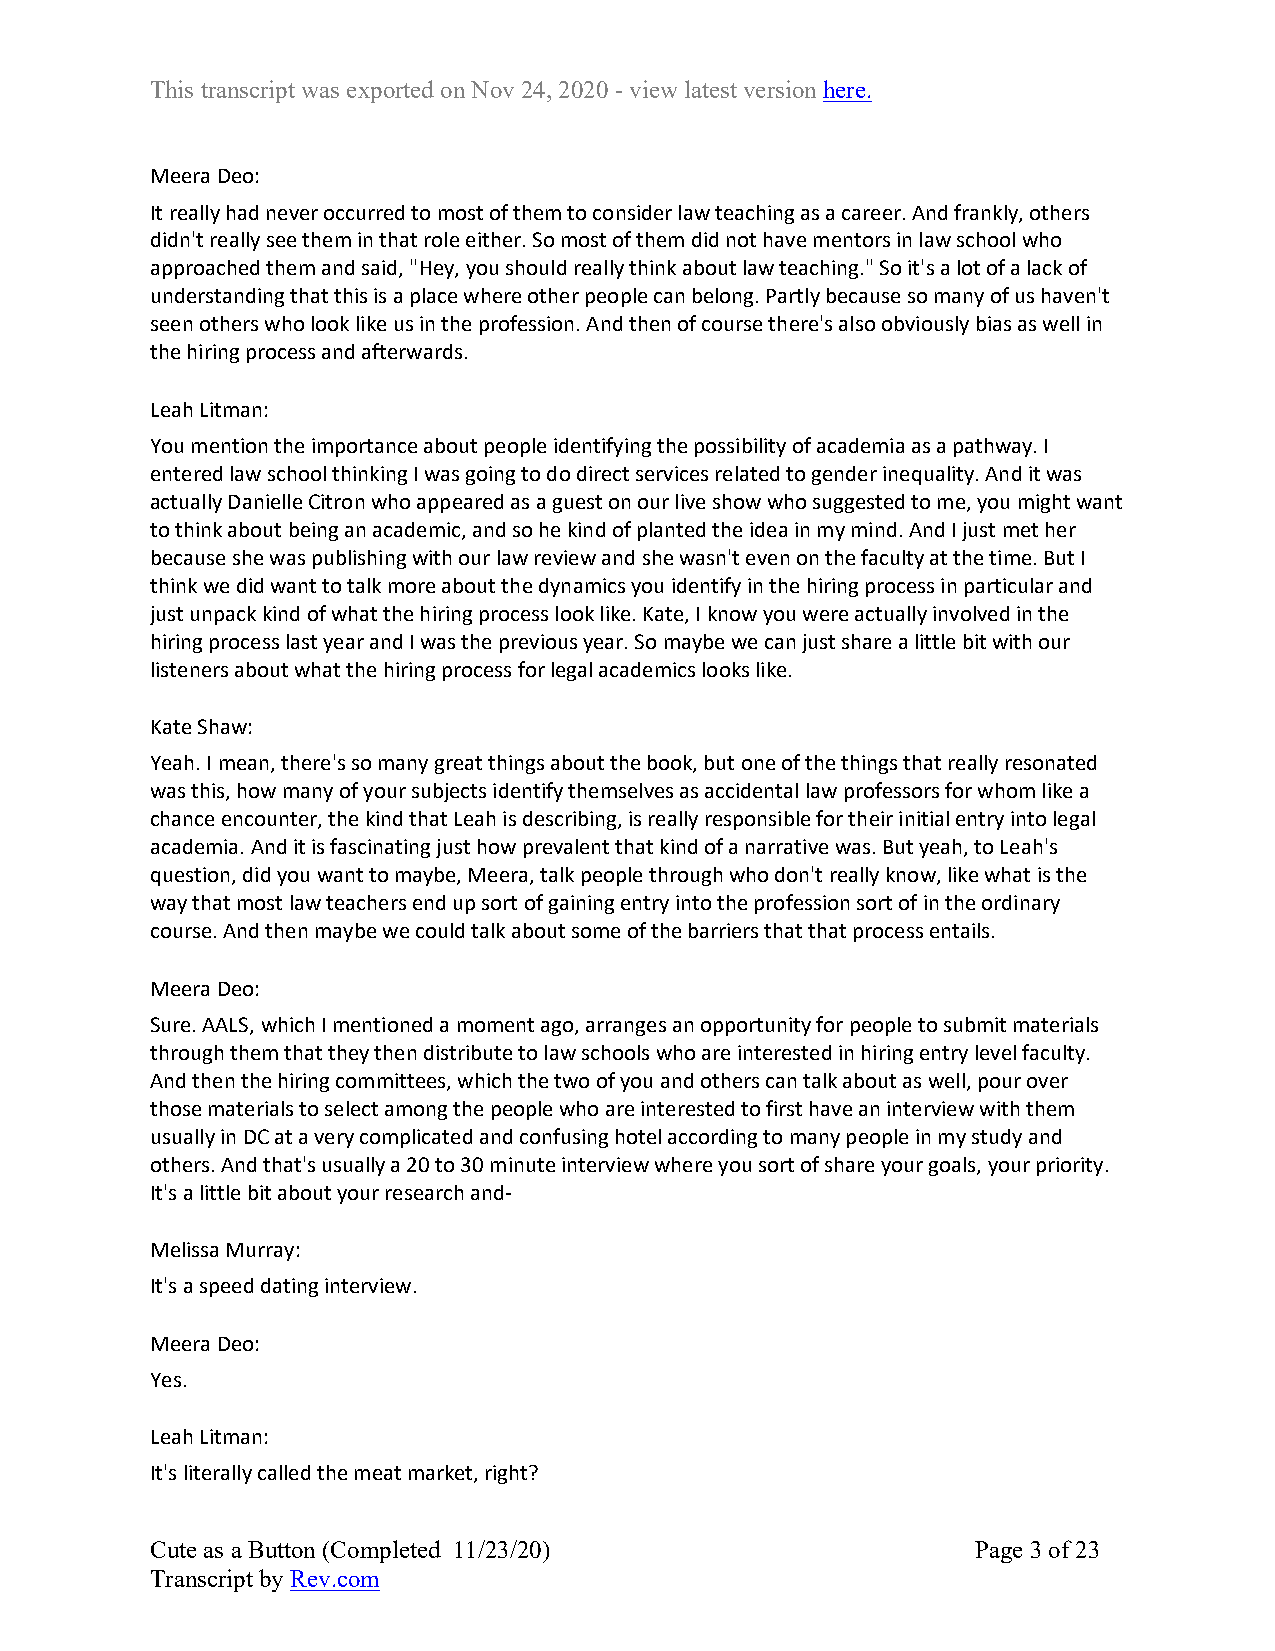
This transcript was exported on Nov 24, 2020 - view latest version here.
 Meera Deo:
 It really had never occurred to most of them to consider law teaching as a career. And frankly, others
 didn't really see them in that role either. So most of them did not have mentors in law school who
 approached them and said, "Hey, you should really think about law teaching." So it's a lot of a lack of
 understanding that this is a place where other people can belong. Partly because so many of us haven't
 seen others who look like us in the profession. And then of course there's also obviously bias as well in
 the hiring process and afterwards.
 Leah Litman:
 You mention the importance about people identifying the possibility of academia as a pathway. I
 entered law school thinking I was going to do direct services related to gender inequality. And it was
 actually Danielle Citron who appeared as a guest on our live show who suggested to me, you might want
 to think about being an academic, and so he kind of planted the idea in my mind. And I just met her
 because she was publishing with our law review and she wasn't even on the faculty at the time. But I
 think we did want to talk more about the dynamics you identify in the hiring process in particular and
 just unpack kind of what the hiring process look like. Kate, I know you were actually involved in the
 hiring process last year and I was the previous year. So maybe we can just share a little bit with our
 listeners about what the hiring process for legal academics looks like.
 Kate Shaw:
 Yeah. I mean, there's so many great things about the book, but one of the things that really resonated
 was this, how many of your subjects identify themselves as accidental law professors for whom like a
 chance encounter, the kind that Leah is describing, is really responsible for their initial entry into legal
 academia. And it is fascinating just how prevalent that kind of a narrative was. But yeah, to Leah's
 question, did you want to maybe, Meera, talk people through who don't really know, like what is the
 way that most law teachers end up sort of gaining entry into the profession sort of in the ordinary
 course. And then maybe we could talk about some of the barriers that that process entails.
 Meera Deo:
 Sure. AALS, which I mentioned a moment ago, arranges an opportunity for people to submit materials
 through them that they then distribute to law schools who are interested in hiring entry level faculty.
 And then the hiring committees, which the two of you and others can talk about as well, pour over
 those materials to select among the people who are interested to first have an interview with them
 usually in DC at a very complicated and confusing hotel according to many people in my study and
 others. And that's usually a 20 to 30 minute interview where you sort of share your goals, your priority.
 It's a little bit about your research and-
 Melissa Murray:
 It's a speed dating interview.
 Meera Deo:
 Yes.
 Leah Litman:
 It's literally called the meat market, right?
 Cute as a Button (Completed 11/23/20)                  Page 3 of 23
 Transcript by Rev.com